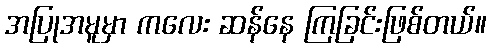
အပြုအမူမှာ ကလေး ဆန်နေ ကြခြင်းဖြစ်တယ်။